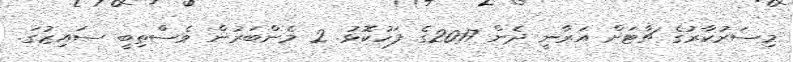
މިސަރުކާރުގެ ޗާޓަށް އަރާނީ ދެން 2017ގެ ފަހުކޮޅު. 2 މެންބަރުން ވެސްތިބީ ސައިޒުގަ.